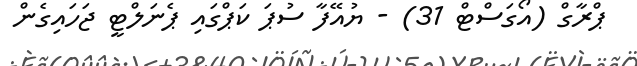
ޕްރާގް (އޯގަސްޓް 31) - ޔުއޭފާ ސުޕަ ކަޕްގައި ޕެނަލްޓީ ޖަހައިގެން